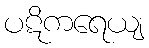
ပဋိကရေယျ